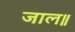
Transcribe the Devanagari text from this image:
जाल॥